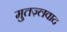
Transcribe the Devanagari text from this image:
मुतज़्लवाद